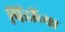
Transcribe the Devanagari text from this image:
पिंडींच्या